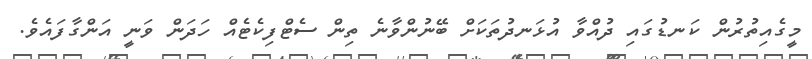
މީގެއިތުރުން ކަނޑުގައި ދުއްވާ އުޅަނދުތަކަށް ބޭނުންވާނެ ތިން ސެޓްފިކެޓެއް ހަދަން ވަނީ އަންގާފައެވެ.